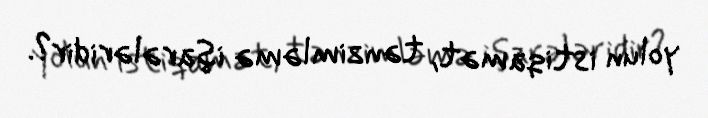
yolun istiqamət, tənzimləmə işarələridir?.